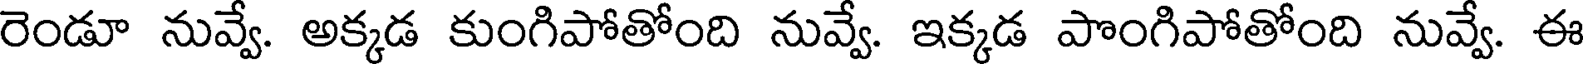
రెండూ నువ్వే. అక్కడ కుంగిపోతోంది నువ్వే. ఇక్కడ పొంగిపోతోంది నువ్వే. ఈ